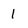
Character: 1